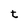
Character: t